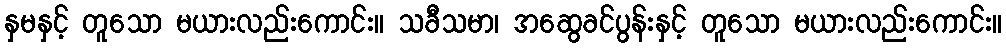
နှမနှင့် တူသော မယားလည်းကောင်း။ သခီသမာ၊ အဆွေခင်ပွန်းနှင့် တူသော မယားလည်းကောင်း။